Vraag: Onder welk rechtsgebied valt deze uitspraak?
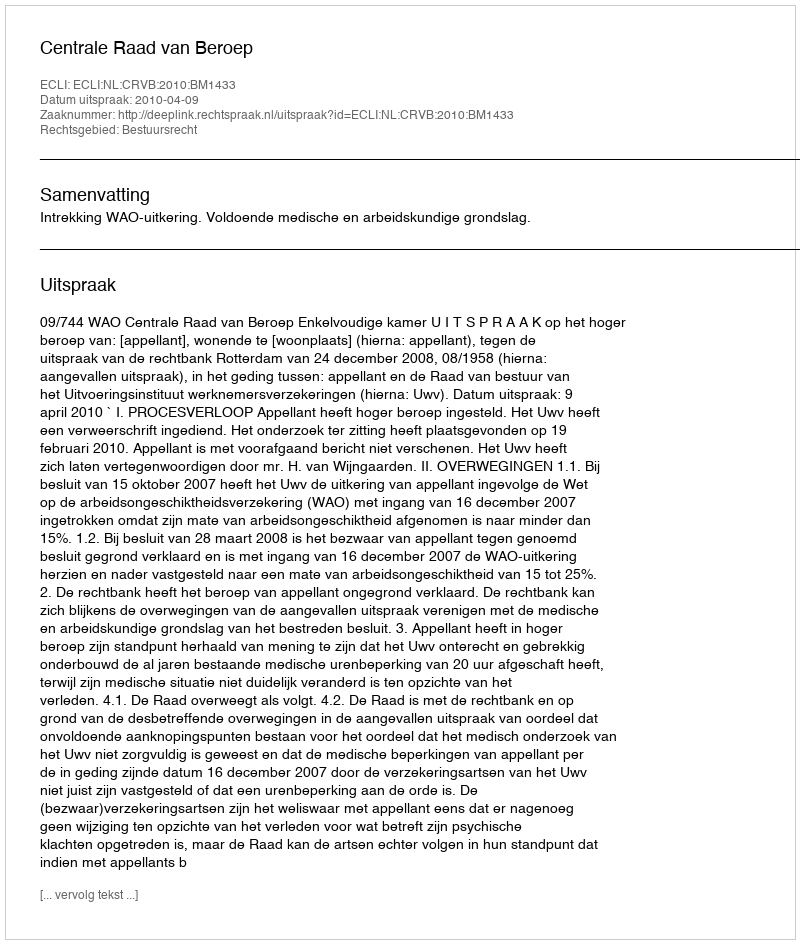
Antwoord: Bestuursrecht